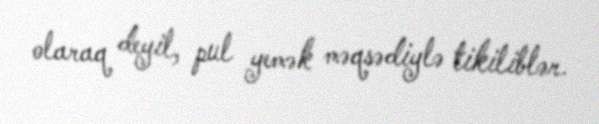
olaraq deyil, pul yemək məqsədiylə tikiliblər.